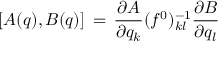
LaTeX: \lbrack A ( q ) , B ( q ) \rbrack \, = \, { \frac { \partial A } { \partial q _ { k } } } ( f ^ { 0 } ) _ { k l } ^ { - 1 } { \frac { \partial B } { \partial q _ { l } } }